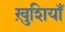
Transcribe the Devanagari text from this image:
ख़ुशियाँ